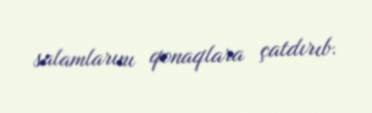
salamlarını qonaqlara çatdırıb.